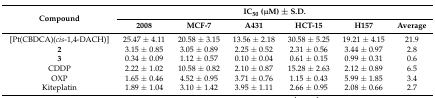
<table><thead><tr><td rowspan="2"><b>Compound</b></td><td colspan="6"><b>IC<sub>50</sub> (μM) ± S.D.</b></td></tr><tr><td><b>2008</b></td><td><b>MCF-7</b></td><td><b>A431</b></td><td><b>HCT-15</b></td><td><b>H157</b></td><td><b>Average</b></td></tr></thead><tbody><tr><td>[Pt(CBDCA)(<i>cis</i>-1,4-DACH)]</td><td>25.47 ± 4.11</td><td>20.58 ± 3.15</td><td>13.56 ± 2.18</td><td>30.58 ± 5.25</td><td>19.21 ± 4.15</td><td>21.9</td></tr><tr><td><b>2</b></td><td>3.15 ± 0.85</td><td>3.05 ± 0.89</td><td>2.25 ± 0.52</td><td>2.31 ± 0.56</td><td>3.44 ± 0.97</td><td>2.8</td></tr><tr><td><b>3</b></td><td>0.34 ± 0.09</td><td>1.12 ± 0.57</td><td>0.10 ± 0.04</td><td>0.61 ± 0.15</td><td>0.99 ± 0.31</td><td>0.6</td></tr><tr><td>CDDP</td><td>2.22 ± 1.02</td><td>10.58 ± 0.82</td><td>2.10 ± 0.87</td><td>15.28 ± 2.63</td><td>2.12 ± 0.89</td><td>6.5</td></tr><tr><td>OXP</td><td>1.65 ± 0.46</td><td>4.52 ± 0.95</td><td>3.71 ± 0.76</td><td>1.15 ± 0.43</td><td>5.99 ± 1.85</td><td>3.4</td></tr><tr><td>Kiteplatin </td><td>1.89 ± 1.04</td><td>3.10 ± 1.42</td><td>3.95 ± 1.11</td><td>2.66 ± 0.95</td><td>2.08 ± 0.66</td><td>2.7</td></tr></tbody></table>